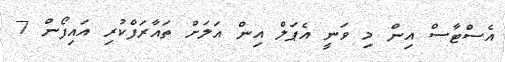
އެސްޓާސް އިން މި ވަނީ އެޕަލް އިން އަލަށް ތައާރަފްކުރި އައިފޯން 7